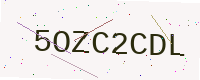
Text: 5OZC2CDL